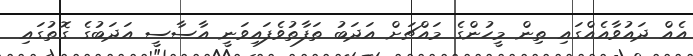
އެއް ދައުވާއެއްގައި ތިން މީހުންގެ މައްޗަށް އަދަބު ތަފާތުވެފައިވަނީ އާސާސީ އަދަބުގެ ގޮތުގައި